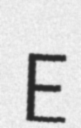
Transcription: E